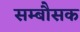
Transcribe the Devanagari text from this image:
सम्बौसक